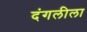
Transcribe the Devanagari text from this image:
दंगलीला